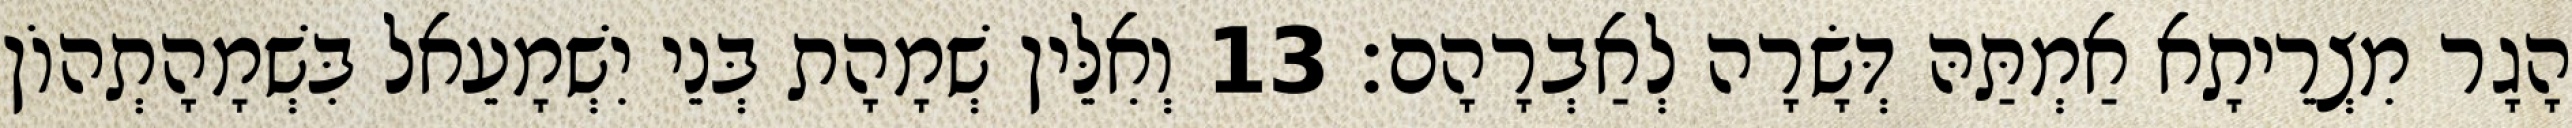
הָגָר מִצְרֵיתָא אַמְתַּהּ דְּשָׂרָה לְאַבְרָהָם׃ 13 וְאִלֵּין שְׁמָהָת בְּנֵי יִשְׁמָעֵאל בִּשְׁמָהָתְהוֹן